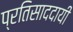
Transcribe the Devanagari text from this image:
प्रतिसाददायी